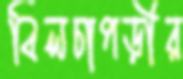
বিলচাপড়ীর